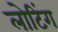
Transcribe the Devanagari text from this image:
लोटिंग